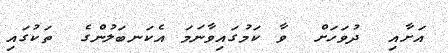
އަށާއި  ދުވަހަށް  ވާ ކަމުގައިވާނަމަ އެކަނބަލުންގެ  ތަކުގައި